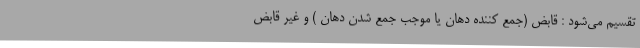
تقسیم می‌شود : قابض (جمع کننده دهان یا موجب جمع شدن دهان ) و غیر قابض